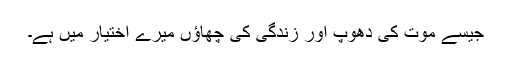
جیسے موت کی دھوپ اور زندگی کی چھاؤں میرے اختیار میں ہے۔